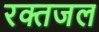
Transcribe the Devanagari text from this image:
रक्तजल